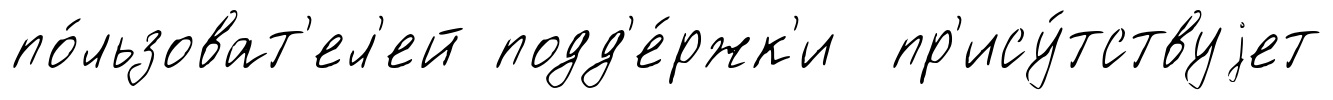
по́льзоват'ел'ей подд'е́ржк'и пр'ису́тствуjет